Vital statistics of India. Vol. IV, Annual returns from 1871 to 1876. British Army of India, Native Army and jails of Bengal
Year: 1871
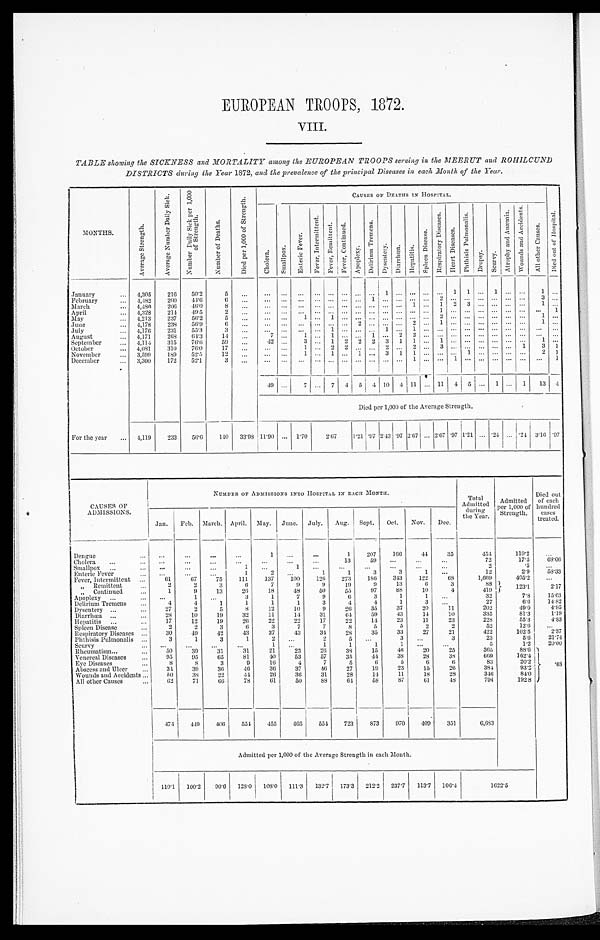
EUROPEAN TROOPS, 1872.
VIII.
TABLE showing the SICKNESS and MORTALITY among the EUROPEAN TROOPS serving in the MEERUT and ROHILCUND
DISTRICTS during the Year 1872, and the prevalence of the principal Diseases in each Month of the Year.
MONTHS.
A v e r a g e S t r e n g t h .
A v e r a g e N u m b e r D a i l y S i c k .
N u m b e r D a i l y S i c k p e r 1 , 0 0 0
o f S t r e n g t h .
N u m b e r o f D e a t h s .
D i e d p e r 1 , 0 0 0 o f S t r e n g t h .
CAUSES OF DEATHS IN HOSPITAL.
C h o l e r a .
S m a l l p o x .
E n t r i c F e v e r .
F e v e r , I n t e r m i t t e n t .
F e v e r , R e m i t t e n t . F e v e r , C o n t i n u e d .
A p o p l e x y .
D e l i r i u m T r e m e n s . D y s e n t e r y . D i a r r h œ a . H e p a t i t i s .
S p l e e n D i s e a s e .
R e s p i r a t o r y D i s e a s e s .
H e a r t D i s e a s e s .
P h t h i s i s P u l m o n a l i s .
D r o p s y . S c u r v y .
A t r o p h y a n d A n æ m i a . W o u n d s a n d A c c i d e n t s .
A l l o t h e r C a u s e s . D i e d o u t o f H o s p i t a l .
January
...
4,305 216 50.2
5
. . . ... ... ... ... ... ... ... ...
1
. . . . . . . . . . . .
1 1
. . .
1
... . . .
1
...
February
... 4,482 200 44.6
6
. . .
. . .
. . . ...
. . . ...
. . . . . . 1
. . . . . . . . . . . . 2
. . . . . . ...
. . . ... ...
3 ...
March
. . . 4,480
206 46.0
8
. . . ... . . .
. . . . . . ... ... ... ... ... ...
. . . ... 1 2
3 . . . ... ... ...
1 ...
April
... 4,328
214 49.5
2 ... ... ... ... ... ... ... .. ... ...
. . . ... ... 1 ...
. . . . . . ... ... ... ... 1
May
... 4,213
237
56.2
5
. . . ... ...
1 . . . 1 . . . . . . . . . . . . . . . . . . . . . 2 . . . . . . . . . . . . ... ...
1 ...
June
... 4,178
238
56.9
6
. . . ... . . .
. . . . . . . . . . . . 2
. . . . . . . . . 2 . . . 1 ...
. . . ... ... ...
. . . 1 ...
July
...
4,176
231
55.3
3 ...
... ... ... ...
1 . . . . . . . . . 1
. . . 1
. . . . . . . . . . . . . . . . . .
... . . . . . . ...
August
... 4,171
268 64.3
14 ...7
. . .
1 . . . 1 . . . . . . 1 . . . 2 2 . . . . . . . . . . . . . . . . . .
... . . .
. . . ...
September
...
4,114 315
76.6
59
. . . 42
. . . 3 ... 1 2 2 2 3 1 1 ... 1 ... ... ... ... ...
. . . 1 ...
October
... 4,081
310
76.0
17
. . . ... . . .
1 . . . 2 2 . . . . . . 2 . . . 2 . . . 3 . . . . . . . . . . . . ...
1 3 1
November
. . . 3,599
189
52.5
12
. . .
. . .
. . .
1 . . . 1 . . . 1 . . . 3 1 1 . . . . . . . . . 1 . . . . . .
...
. . . 2 1
December
... 3,300
172
52.1
3
. . .
. . .
. . .
. . .
. . . . . . . . . . . . . . . . . . . . . 1 . . . . . . 1 . . . . . . . . .
... . . .
. . .
1
49 ...
7 ... 7 4 5 4 10 4 11
. . .
11 4 5 ... 1 ... 1 13 4
Died per 1,000 of the Average Strength.
For the year ...
4,119 233
56.6 140 33.98 11.90 ... 1.70
2 . 6 7
1.21 . 9 7 2.43 . 9 7 2.67 ... 2.67 . 9 7 1.21 ...
. 2 4 ... .24 3.16 .97
C A U S E S O F
A D M I S S I O N S .
NUMBER OF ADMISSIONS INTO HOSPITAL IN EACH MONTH.
Total
Admitted
during
the Year.
Admitted
Per 1,000 of
Strength.
Died out
of each
hundred
cases
treated.
Jan. Feb. March. April. May. June. July. Aug. Sept. Oct.. Nov. Dec.
Dengue
... ...
...
...
. . .
1
. . .
...
1
207
166
44
35
454
110.2
. . .
Cholera ... ...
...
. . .
. . .
...
...
...
. . .
13
59 ...
...
. . .
72
17.5
68.06
Smallpox ...
... ...
...
...
1
. . .
1
. . . ...
...
...
...
...
2
. 5 ...
Enteric Fever
... ...
...
...
1
2
. . .
1
1
3
3
1 ...
12
2.9
58.33
Fever, Intermittent ...
61
67
75
111
137
100
126 273
186
343
122
68
1,669
4 0 5 . 2
. . .
„ Remittent
. . .
2
2
3
6
7
9
9
19
9
13
6
3
88
1 2 3 . 1
2.17
„ Continued
...
1
9
13
26
18
48
50
55
97
88
10
4
4 1 9
Apoplexy ...
... ...
1
. . .
3
1
7
9
6
3
1
1
. . .
32
7.8
15.63
Delirium Tremens
...
4
4
1
1
1
1
3
4
4
1
3
. . .
27
6.6
14.82
Dysentery ...
...
27
2
5
8
12
10
9
2 6
35
37
20
11
202
49.0
4.95
Diarrhœa ...
...
28
10
19
32
11
14
31
6 4
59
43
14
10
335
81.3
1.19
Hepatitis ... ...
17
12
19
26
2 2
22
17
22
14
23
11
23
228
55.3
4.83
Spleen Disease
2
2
3
6
3
7
7
8
5
5
2
2
52
12.6
. . .
Respiratory Diseases ...
30
49
42
43
37
43
34
28
35
33
27
21
422
102.5
2.37
Phthisis Pulmonalis ...
3
1
3
1
2
. . .
2
5
. . .
3 ...
3
23
5.6
21.74
Scurvy
... ...
...
...
. . .
1
. . .
1
1
1
1 ...
...
5
1.2
20.00
Rheumatism... ...
50
39
31
31
21
23
26
38
15
46
20
25
365
88.6 .68
Venereal Diseases
95
95
65
81
40
53
57
35
44
38
28
38
669
162.4
Eye Diseases ...
8
8
3
9
16
4
7
5
6
5
6
6
83
20.2
Abscess and Ulcer
...
34
39
36
46
36
37
46
27
19
23
15
26
384
93.2
Wounds and Accidents ...
5 0
38
22
44
26
36
31
28
14
11
18
28
345
84.0
All other Causes
...
62
71
66
78
61
50
88
64
58
87
61
48
794
192.8
474
449
406 554 455
465
554
723
873
970
409
351
6,683
Admitted per 1,000 of the Average Strength in each Month.
1 1 0 . 1
100.2 90.6 128.0 1 0 8 . 0
111.3 132.7 173.3 212.2 237.7 113.7 106.4
1 6 2 2 . 5